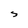
Character: S